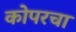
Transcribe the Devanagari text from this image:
कोपरचा